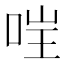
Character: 𫪇